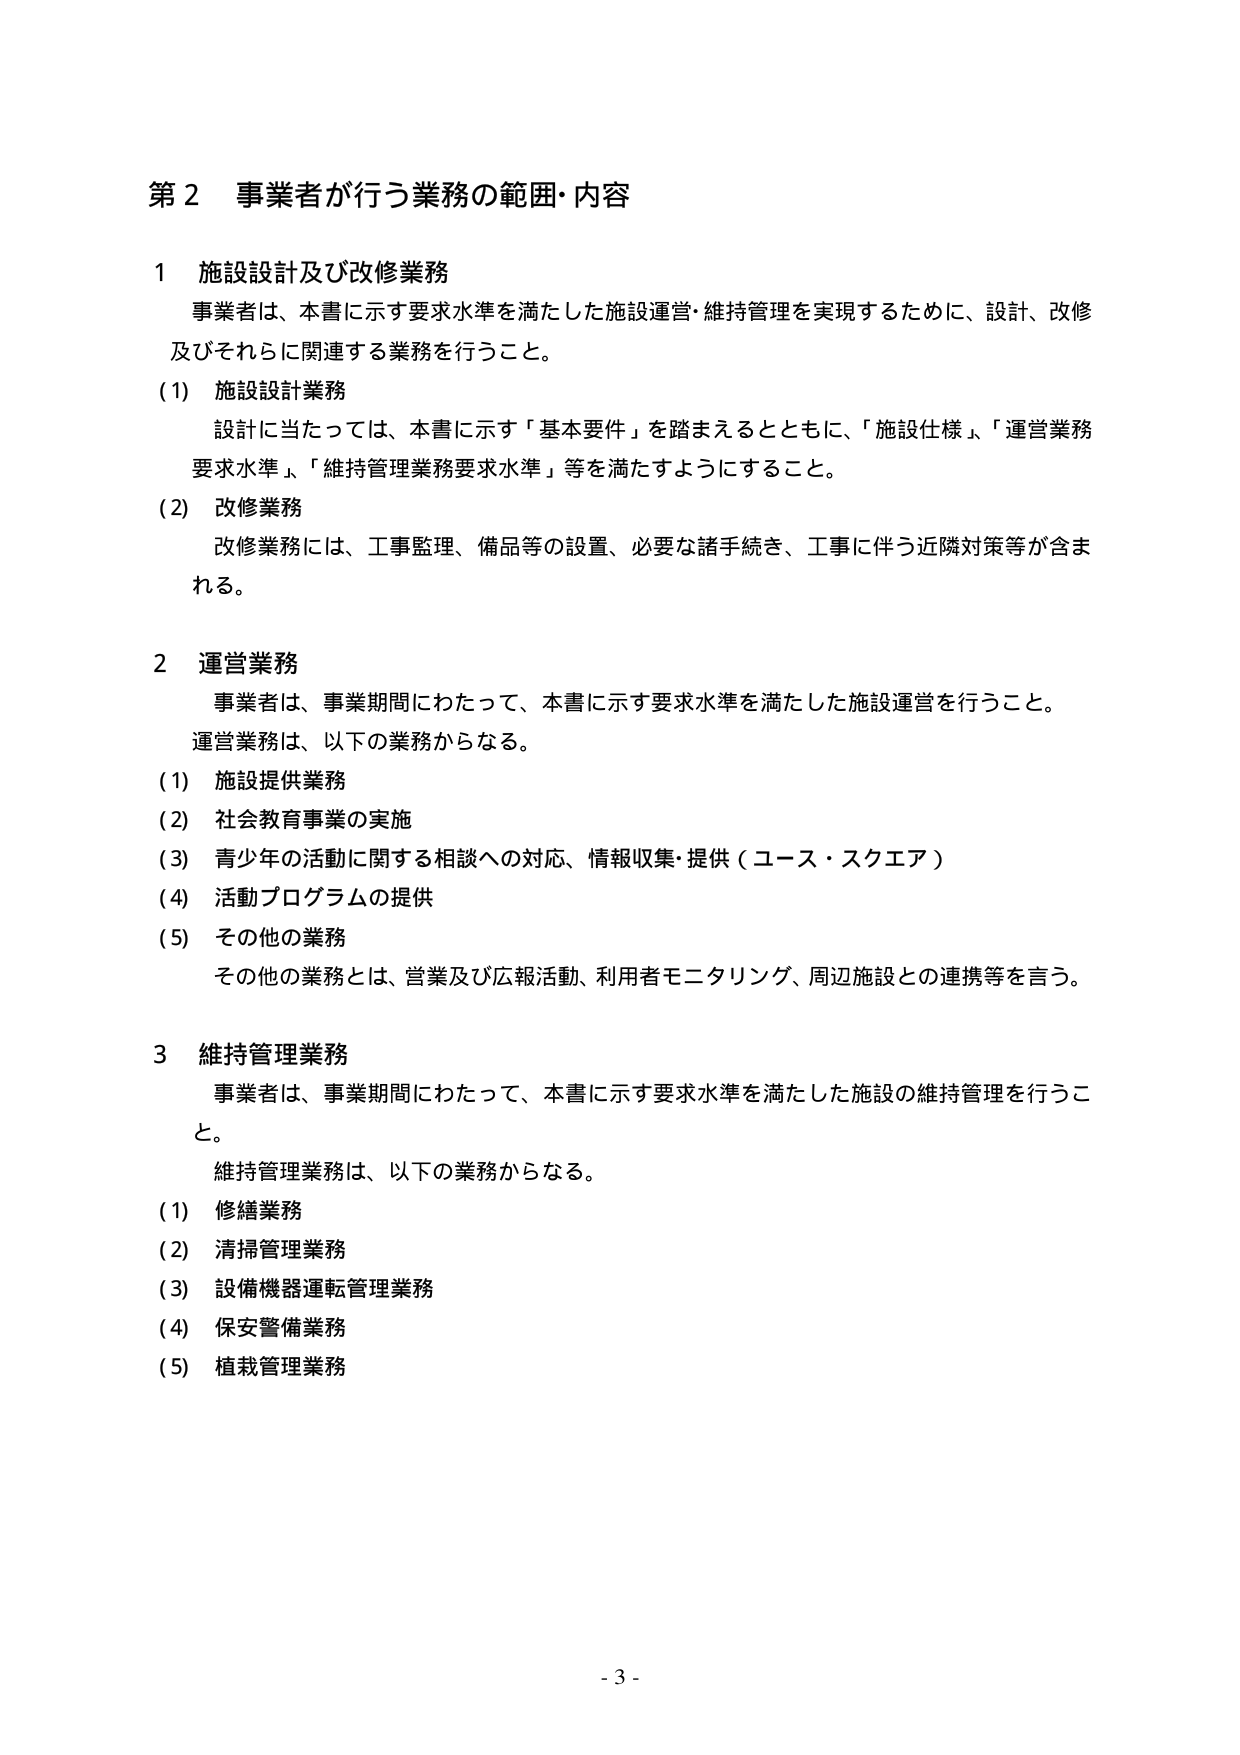
第２ 事業者が行う業務の範囲・内容

１ 施設設計及び改修業務
事業者は、本書に示す要求水準を満たした施設運営・維持管理を実現するために、設計、改修
及びそれらに関連する業務を行うこと。
(1) 施設設計業務
設計に当たっては、本書に示す「基本要件」を踏まえるとともに、「施設仕様」、「運営業務
要求水準」、「維持管理業務要求水準」等を満たすようにすること。
(2) 改修業務
改修業務には、工事監理、備品等の設置、必要な諸手続き、工事に伴う近隣対策等が含ま
れる。

２ 運営業務
事業者は、事業期間にわたって、本書に示す要求水準を満たした施設運営を行うこと。
運営業務は、以下の業務からなる。
(1) 施設提供業務
(2) 社会教育事業の実施
(3) 青少年の活動に関する相談への対応、情報収集・提供（ユース・スクエア）
(4) 活動プログラムの提供
(5) その他の業務
その他の業務とは、営業及び広報活動、利用者モニタリング、周辺施設との連携等を言う。

３ 維持管理業務
事業者は、事業期間にわたって、本書に示す要求水準を満たした施設の維持管理を行うこ
と。
維持管理業務は、以下の業務からなる。
(1) 修繕業務
(2) 清掃管理業務
(3) 設備機器運転管理業務
(4) 保安警備業務
(5) 植栽管理業務

- 3 -